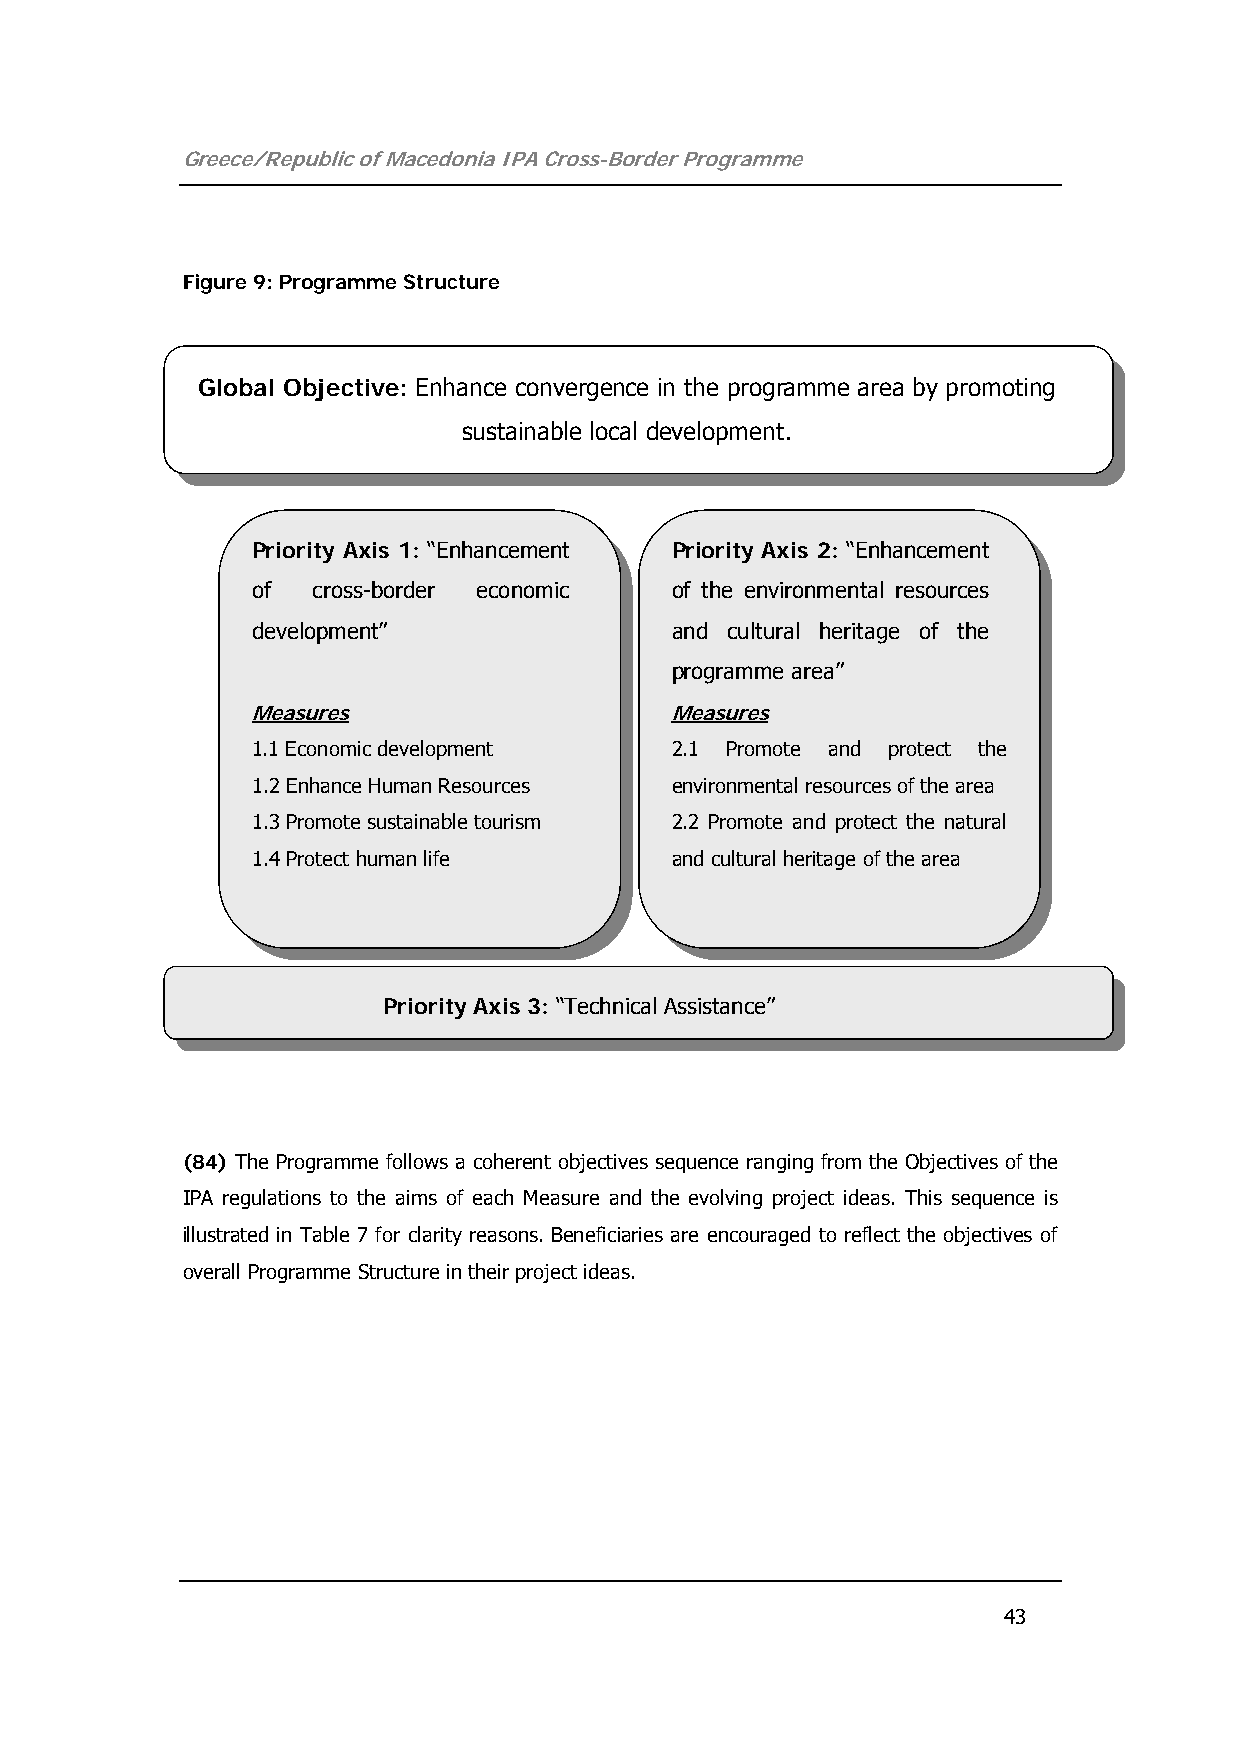
Greece/Republic of Macedonia IPA Cross-Border Programme
 Figure 9: Programme Structure
 Global Objective: Enhance convergence in the programme area by promoting
 sustainable local development.
 Priority Axis 1: “Enhancement Priority Axis 2: “Enhancement
 of  cross-border economic  of the environmental resources
 development”               and cultural heritage of the
 programme area”
 Measures                   Measures
 1.1 Economic development   2.1 Promote and protect the
 1.2 Enhance Human Resources environmental resources of the area
 1.3 Promote sustainable tourism 2.2 Promote and protect the natural
 1.4 Protect human life     and cultural heritage of the area
 Priority Axis 3: “Technical Assistance”
 (84) The Programme follows a coherent objectives sequence ranging from the Objectives of the
 IPA regulations to the aims of each Measure and the evolving project ideas. This sequence is
 illustrated in Table 7 for clarity reasons. Beneficiaries are encouraged to reflect the objectives of
 overall Programme Structure in their project ideas.
 43